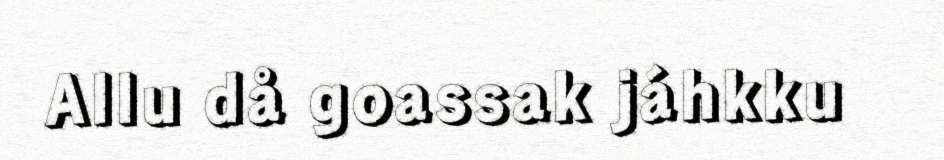
Allu då goassak jáhkku